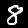
Digit: 8